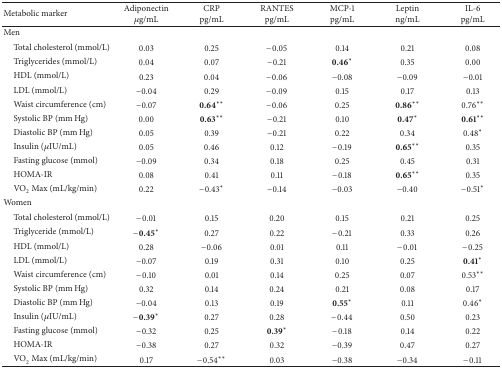
<table><thead><tr><td><b>Metabolic marker</b></td><td><b>Adiponectin <i>μ</i>g/mL</b></td><td><b>CRPpg/mL</b></td><td><b>RANTESpg/mL</b></td><td><b>MCP-1 pg/mL</b></td><td><b>Leptinng/mL</b></td><td><b>IL-6pg/mL</b></td></tr></thead><tbody><tr><td>Men</td><td>[EMPTY_CELL]</td><td>[EMPTY_CELL]</td><td>[EMPTY_CELL]</td><td>[EMPTY_CELL]</td><td>[EMPTY_CELL]</td><td>[EMPTY_CELL]</td></tr><tr><td> Total cholesterol (mmol/L)</td><td>0.03</td><td>0.25</td><td>−0.05</td><td>0.14</td><td>0.21</td><td>0.08</td></tr><tr><td> Triglycerides (mmol/L)</td><td>0.04</td><td>0.07</td><td>−0.21</td><td><b>0.46</b>*</td><td>0.35</td><td>0.00</td></tr><tr><td> HDL (mmol/L)</td><td>0.23</td><td>0.04</td><td>−0.06</td><td>−0.08</td><td>−0.09</td><td>−0.01</td></tr><tr><td> LDL (mmol/L)</td><td>−0.04</td><td>0.29</td><td>−0.09</td><td>0.15</td><td>0.17</td><td>0.13</td></tr><tr><td> Waist circumference (cm)</td><td>−0.07</td><td><b>0.64</b>**</td><td>−0.06</td><td>0.25</td><td><b>0.86</b>**</td><td>0.76**</td></tr><tr><td> Systolic BP (mm Hg)</td><td>0.00</td><td><b>0.63</b>**</td><td>−0.21</td><td>0.10</td><td><b>0.47</b>*</td><td><b>0.61</b>**</td></tr><tr><td> Diastolic BP (mm Hg)</td><td>0.05</td><td>0.39</td><td>−0.21</td><td>0.22</td><td>0.34</td><td>0.48*</td></tr><tr><td> Insulin (<i>μ</i>IU/mL)</td><td>0.05</td><td>0.46</td><td>0.12</td><td>−0.19</td><td><b>0.65</b>**</td><td>0.35</td></tr><tr><td> Fasting glucose (mmol)</td><td>−0.09</td><td>0.34</td><td>0.18</td><td>0.25</td><td>0.45</td><td>0.31</td></tr><tr><td> HOMA-IR</td><td>0.08</td><td>0.41</td><td>0.11</td><td>−0.18</td><td><b>0.65</b>**</td><td>0.35</td></tr><tr><td> VO<sub>2</sub> Max (mL/kg/min)</td><td>0.22</td><td>−0.43*</td><td>−0.14</td><td>−0.03</td><td>−0.40</td><td>−0.51*</td></tr><tr><td>Women</td><td>[EMPTY_CELL]</td><td>[EMPTY_CELL]</td><td>[EMPTY_CELL]</td><td>[EMPTY_CELL]</td><td>[EMPTY_CELL]</td><td>[EMPTY_CELL]</td></tr><tr><td> Total cholesterol (mmol/L)</td><td>−0.01</td><td>0.15</td><td>0.20</td><td>0.15</td><td>0.21</td><td>0.25</td></tr><tr><td> Triglyceride (mmol/L)</td><td>−<b>0.45</b>*</td><td>0.27</td><td>0.22</td><td>−0.21</td><td>0.33</td><td>0.26</td></tr><tr><td> HDL (mmol/L)</td><td>0.28</td><td>−0.06</td><td>0.01</td><td>0.11</td><td>−0.01</td><td>−0.25</td></tr><tr><td> LDL (mmol/L)</td><td>−0.07</td><td>0.19</td><td>0.31</td><td>0.10</td><td>0.25</td><td><b>0.41</b>*</td></tr><tr><td> Waist circumference (cm)</td><td>−0.10</td><td>0.01</td><td>0.14</td><td>0.25</td><td>0.07</td><td>0.53**</td></tr><tr><td> Systolic BP (mm Hg)</td><td>0.32</td><td>0.14</td><td>0.24</td><td>0.21</td><td>0.08</td><td>0.17</td></tr><tr><td> Diastolic BP (mm Hg)</td><td>−0.04</td><td>0.13</td><td>0.19</td><td><b>0.55</b>*</td><td>0.11</td><td>0.46*</td></tr><tr><td> Insulin (<i>μ</i>IU/mL)</td><td>−<b>0.39</b>*</td><td>0.27</td><td>0.28</td><td>−0.44</td><td>0.50</td><td>0.23</td></tr><tr><td> Fasting glucose (mmol)</td><td>−0.32</td><td>0.25</td><td><b>0.39</b>*</td><td>−0.18</td><td>0.14</td><td>0.22</td></tr><tr><td> HOMA-IR</td><td>−0.38</td><td>0.27</td><td>0.32</td><td>−0.39</td><td>0.47</td><td>0.27</td></tr><tr><td> VO<sub>2</sub> Max (mL/kg/min)</td><td>0.17</td><td>−0.54**</td><td>0.03</td><td>−0.38</td><td>−0.34</td><td>−0.11</td></tr></tbody></table>